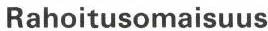
Rahoitusomaisuus